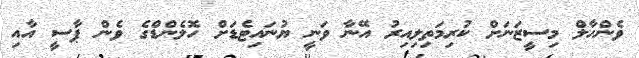
ވެންހާލް މިސީޒަނަށް ކުރިމަތިލިއިރު އޭނާ ވަނީ ޔުނައިޓެޑަށް ހޮލެންޑްގެ ވެން ޕާސީ އާއި